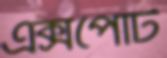
এক্সপোর্ট